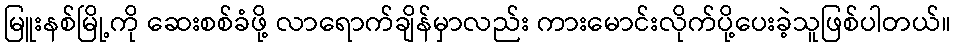
မြူးနစ်မြို့ကို ဆေးစစ်ခံဖို့ လာရောက်ချိန်မှာလည်း ကားမောင်းလိုက်ပို့ပေးခဲ့သူဖြစ်ပါတယ်။